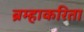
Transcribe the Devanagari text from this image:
ब्रम्हाकरिता